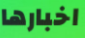
اخبارها